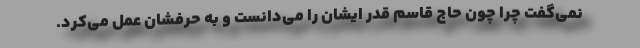
نمی‌گفت چرا چون حاج قاسم قدر ایشان را می‌دانست و به حرفشان عمل می‌کرد.